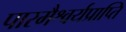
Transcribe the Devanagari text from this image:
पारमैश्वर्यप्राप्ति